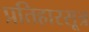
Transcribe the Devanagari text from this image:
प्रतिहारसूत्र